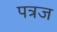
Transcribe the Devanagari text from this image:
पत्रज